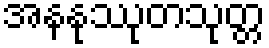
အနနုဿုတသုတ္တ